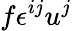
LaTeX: f\epsilon^{ij}u^{j}